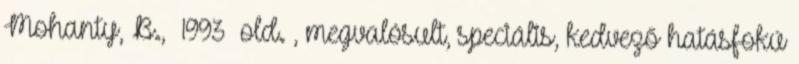
Mohanty, B., 1993 old. , megvalósult, speciális, kedvező hatásfokú